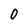
Character: 0